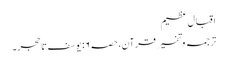
اقبال عظیم
ترجمہ و تفسیر قرآن،حصہ۶: یوسف تا حجر۔